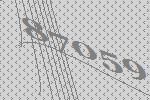
87059